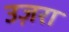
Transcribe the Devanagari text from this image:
उज़रा